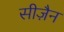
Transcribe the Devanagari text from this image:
सीज़ैन